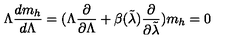
\Lambda { \frac { d m _ { h } } { d \Lambda } } = ( \Lambda { \frac { \partial } { \partial \Lambda } } + \beta ( \tilde { \lambda } ) { \frac { \partial } { \partial \tilde { \lambda } } } ) m _ { h } = 0